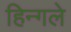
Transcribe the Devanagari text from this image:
हिन्गले